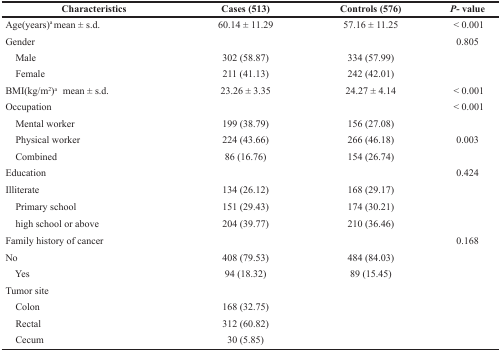
<table><thead><tr><td><b>Characteristics</b></td><td><b>Cases (513)</b></td><td><b>Controls (576)</b></td><td><b><i>P</i>- value</b></td></tr></thead><tbody><tr><td>Age(years)<sup>a</sup> mean ± s.d.</td><td>60.14 ± 11.29</td><td>57.16 ± 11.25</td><td>&lt; 0.001</td></tr><tr><td>Gender</td><td></td><td></td><td>0.805</td></tr><tr><td> Male</td><td>302 (58.87)</td><td>334 (57.99)</td><td></td></tr><tr><td> Female</td><td>211 (41.13)</td><td>242 (42.01)</td><td></td></tr><tr><td>BMI(kg/m<sup>2</sup>)<sup>a</sup> mean ± s.d.</td><td>23.26 ± 3.35</td><td>24.27 ± 4.14</td><td>&lt; 0.001</td></tr><tr><td>Occupation</td><td></td><td></td><td>&lt; 0.001</td></tr><tr><td> Mental worker</td><td>199 (38.79)</td><td>156 (27.08)</td><td></td></tr><tr><td> Physical worker</td><td>224 (43.66)</td><td>266 (46.18)</td><td>0.003</td></tr><tr><td> Combined</td><td>86 (16.76)</td><td>154 (26.74)</td><td></td></tr><tr><td>Education</td><td></td><td></td><td>0.424</td></tr><tr><td>Illiterate</td><td>134 (26.12)</td><td>168 (29.17)</td><td></td></tr><tr><td> Primary school</td><td>151 (29.43)</td><td>174 (30.21)</td><td></td></tr><tr><td> high school or above</td><td>204 (39.77)</td><td>210 (36.46)</td><td></td></tr><tr><td>Family history of cancer</td><td></td><td></td><td>0.168</td></tr><tr><td>No</td><td>408 (79.53)</td><td>484 (84.03)</td><td></td></tr><tr><td> Yes</td><td>94 (18.32)</td><td>89 (15.45)</td><td></td></tr><tr><td>Tumor site</td><td></td><td></td><td></td></tr><tr><td> Colon</td><td>168 (32.75)</td><td></td><td></td></tr><tr><td> Rectal</td><td>312 (60.82)</td><td></td><td></td></tr><tr><td> Cecum</td><td>30 (5.85)</td><td></td><td></td></tr></tbody></table>